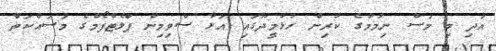
އަދި މި މަސް ނިމުމުގެ ކުރިން ހުޅުމީދޫގައި އަޅާ ސްވިމިން ޕްލެޓްފޯމްގެ މަސައްކަތް